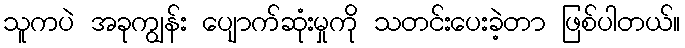
သူကပဲ အခုကျွန်း ပျောက်ဆုံးမှုကို သတင်းပေးခဲ့တာ ဖြစ်ပါတယ်။